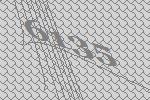
6135